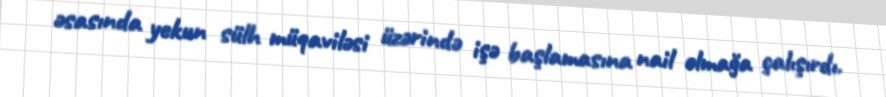
əsasında yekun sülh müqaviləsi üzərində işə başlamasına nail olmağa çalışırdı.